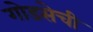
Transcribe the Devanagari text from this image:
गोडसेची